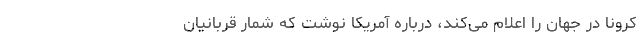
کرونا در جهان را اعلام می‌کند، درباره آمریکا نوشت که شمار قربانیان